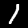
Digit: 1